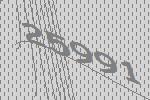
25991